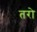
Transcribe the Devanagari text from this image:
तरो